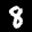
Label: 8